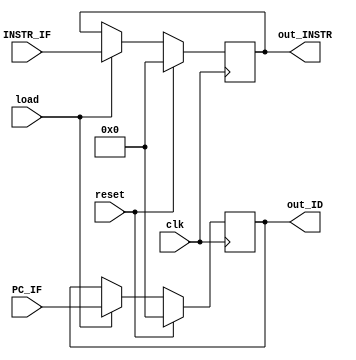
`timescale 1ns / 1ps

module pipe_reg(input clk,  input reset, input load, input [31:0] PC_IF, INSTR_IF, 
                output reg [31:0] out_ID, out_INSTR
    );
    
    always@(posedge clk) begin
        if (reset == 1) begin
            out_ID = 0;
            out_INSTR = 0;
        end
        else if (load == 1) begin
            out_ID <= PC_IF;
            out_INSTR <= INSTR_IF;
        end
    end
endmodule